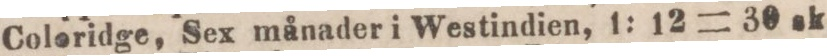
Coleridge, Sex månader i Westindien, 1: 12 = 30 sk.